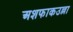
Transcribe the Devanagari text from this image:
अशफाकउल्ला